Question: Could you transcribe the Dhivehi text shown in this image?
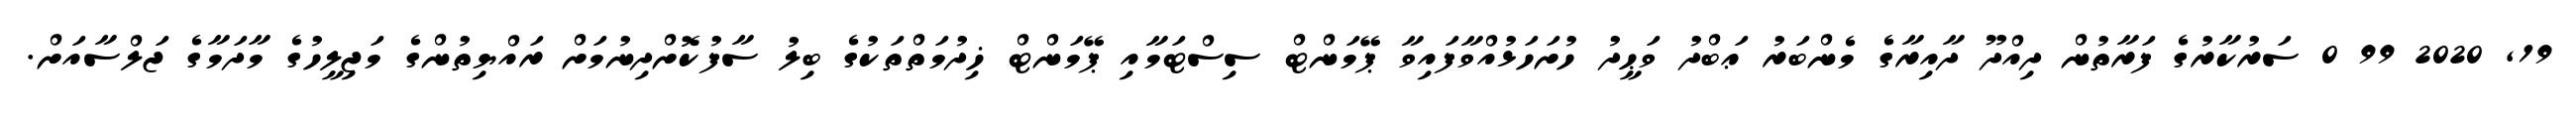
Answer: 19, 2020 99 0 ސަރުކާރުގެ ފަރާތުން ދިއްދޫ ދާއިރާގެ މެންބަރު ޢަބްދު ވަޙީދު ހުށަހަޅުއްވާފައިވާ ޕޭމަންޓް ސިސްޓަމާއި ޕޭމަންޓް ޚިދުމަތްތަކުގެ ބިލު ސާފުކޮށްދިނުމަށް ރައްޔިތުންގެ މަޖިލީހުގެ މާދަމާގެ ޖަލްސާއަށް.